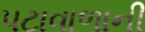
પટાવાળાની